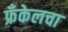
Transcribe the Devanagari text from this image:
फ्रँकेलचा